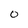
Character: 0